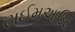
ટાઈમઆઉટ